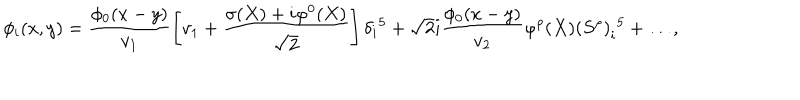
LaTeX: \phi _ { i } ( x , y ) = \frac { \phi _ { 0 } ( x - y ) } { v _ { 1 } } \left[ v _ { 1 } + \frac { \sigma ( X ) + i \varphi ^ { 0 } ( X ) } { \sqrt { 2 } } \right] \delta _ { i } { } ^ { 5 } + \sqrt { 2 } i \frac { \phi _ { 0 } ( x - y ) } { v _ { 2 } } \varphi ^ { \rho } ( X ) \left( S ^ { \rho } \right) _ { i } { } ^ { 5 } + \ldots ,